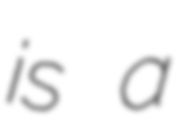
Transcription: is a